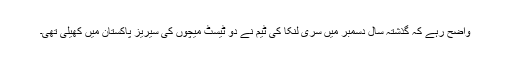
واضح رہے کہ گذشتہ سال دسمبر میں سری لنکا کی ٹیم نے دو ٹیسٹ میچوں کی سیریز پاکستان میں کھیلی تھی۔